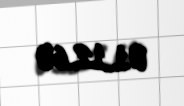
01.12.60